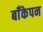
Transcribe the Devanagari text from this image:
बाँकेपन